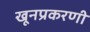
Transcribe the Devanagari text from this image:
खूनप्रकरणी